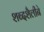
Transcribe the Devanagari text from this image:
शब्दशैलीने